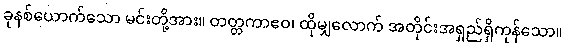
ခုနစ်ယောက်သော မင်းတို့အား။ တတ္တကာဧဝ၊ ထိုမျှလောက် အတိုင်းအရှည်ရှိကုန်သော။